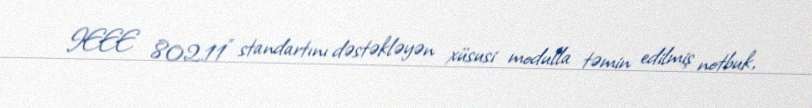
IEEE 802.11" standartını dəstəkləyən xüsusi modulla təmin edilmiş notbuk,